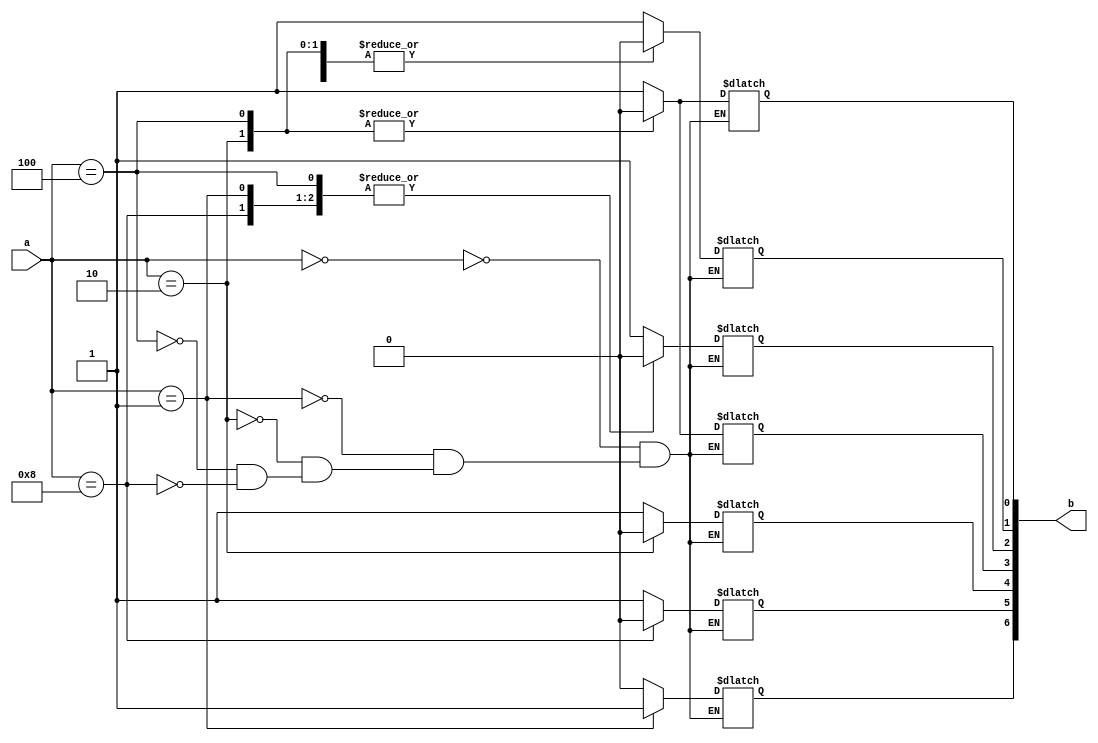
module display (
    input [3:0]a,
    output reg [6:0]b
);

always@(a) begin
    case(a)
        4'b0000: begin
            b[0] <= 1;
            b[1] <= 1;
            b[2] <= 1;
            b[3] <= 1;
            b[4] <= 1;
            b[5] <= 1;
            b[6] <= 0;
        end
        4'b0001: begin
            b[0] <= 1;
            b[1] <= 0;
            b[2] <= 0;
            b[3] <= 1;
            b[4] <= 1;
            b[5] <= 1;
            b[6] <= 1;
        end
        4'b0010: begin
            b[0] <= 0;
            b[1] <= 0;
            b[2] <= 1;
            b[3] <= 0;
            b[4] <= 0;
            b[5] <= 1;
            b[6] <= 0;
        end
        4'b0100: begin
            b[0] <= 0;
            b[1] <= 0;
            b[2] <= 0;
            b[3] <= 0;
            b[4] <= 1;
            b[5] <= 1;
            b[6] <= 0;
        end
        4'b1000: begin
            b[0] <= 1;
            b[1] <= 0;
            b[2] <= 0;
            b[3] <= 1;
            b[4] <= 1;
            b[5] <= 0;
            b[6] <= 0;
        end
    endcase
end
endmodule